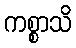
ကစ္စာသိ